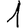
Digit: 1